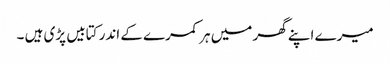
میرے اپنے گھر میں ہر کمرے کے اندر کتابیں پڑی ہیں ۔